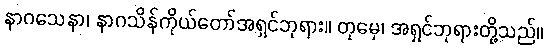
နာဂသေနာ၊ နာဂသိန်ကိုယ်တော်အရှင်ဘုရား။ တုမှေ၊ အရှင်ဘုရားတို့သည်။